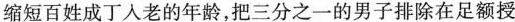
缩短百姓成丁人老的年龄，把三分之一的男子排除在足额授